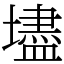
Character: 壗